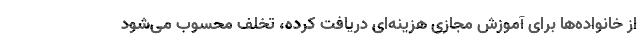
از خانواده‌ها برای آموزش مجازی هزینه‌ای دریافت کرده، تخلف محسوب می‌شود